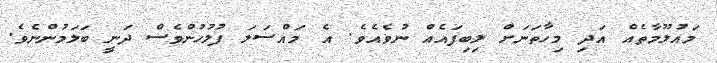
މައުލޫމާތެއް އަދި މިހާތަނަށް ލިބިފައެއް ނުވެއެވެ. އެ މައްސަލަ ފުލުހުންވެސް ދަނީ ބަލަމުންނެވެ.